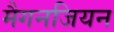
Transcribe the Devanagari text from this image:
मैगनजियन